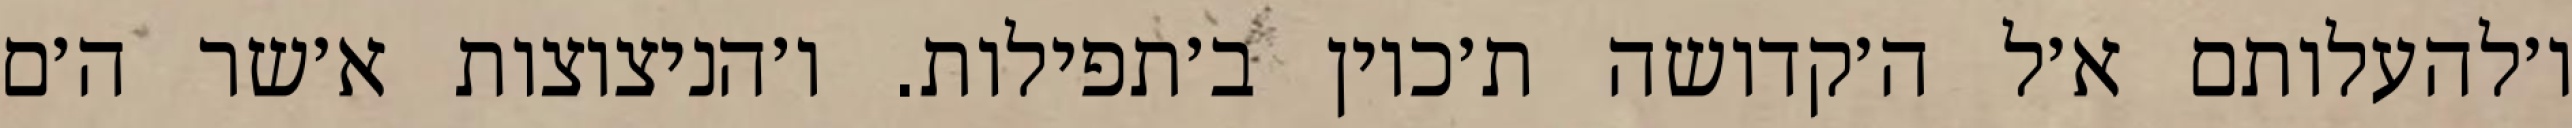
ו׳להעלותם א׳ל ה׳קדושה ת׳כוין ב׳תפילות. ו׳הניצוצות א׳שר ה׳ם